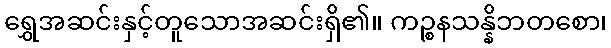
ရွှေအဆင်းနှင့်တူသောအဆင်းရှိ၏။ ကဉ္စနသန္နိဘတစော၊